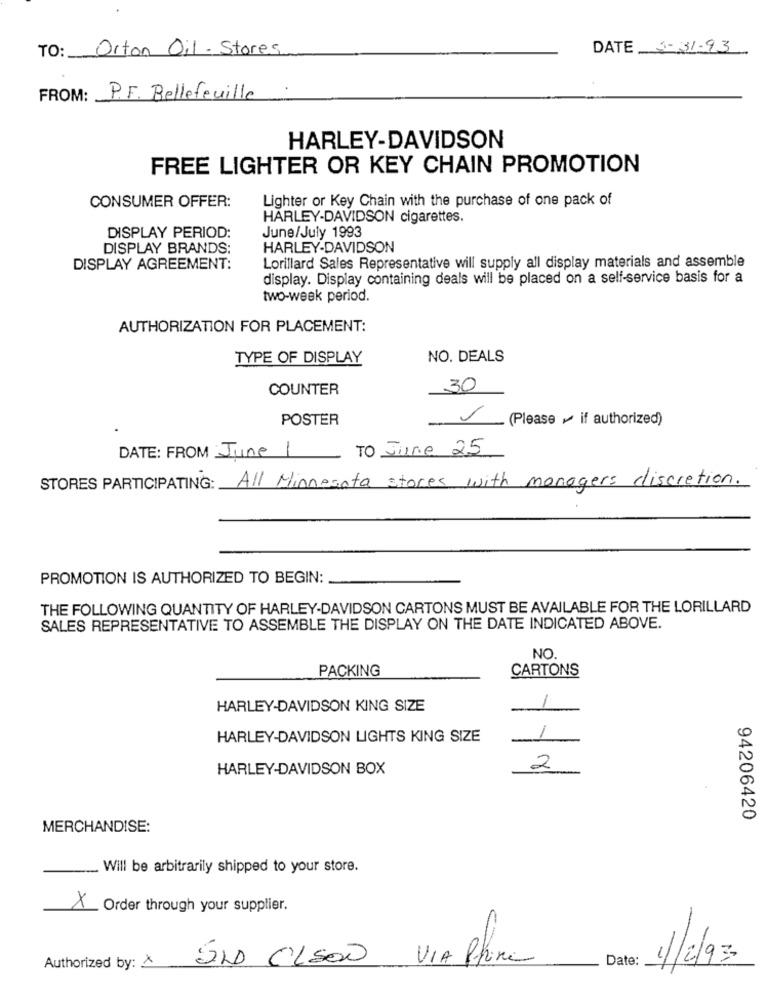
TO: Orton Oil - Stores
DATE 3-31-93
FROM: P.F. Bellefeuille
HARLEY-DAVIDSON
FREE LIGHTER OR KEY CHAIN PROMOTION
Lighter or Key Chain with the purchase of one pack of
CONSUMER OFFER:
HARLEY-DAVIDSON cigarettes.
June/July 1993
DISPLAY PERIOD:
DISPLAY BRANDS:
HARLEY-DAVIDSON
Lorillard Sales Representative will supply all display materials and assemble
DISPLAY AGREEMENT:
display. Display containing deals will be placed on a self-service basis for a
two-week period.
AUTHORIZATION FOR PLACEMENT:
TYPE OF DISPLAY
NO. DEALS
COUNTER
30
POSTER
(Please ~ if authorized)
TO June 25
DATE: FROM June 1
STORES PARTICIPATING: All Minnesota stores with managers discretion.
PROMOTION IS AUTHORIZED TO BEGIN:
THE FOLLOWING QUANTITY OF HARLEY-DAVIDSON CARTONS MUST BE AVAILABLE FOR THE LORILLARD
SALES REPRESENTATIVE TO ASSEMBLE THE DISPLAY ON THE DATE INDICATED ABOVE.
NO.
PACKING
CARTONS
HARLEY-DAVIDSON KING SIZE
1
HARLEY-DAVIDSON LIGHTS KING SIZE
1
HARLEY-DAVIDSON BOX
2
94206420
MERCHANDISE:
... Will be arbitrarily shipped to your store.
X
. Order through your supplier.
SU CLSão VIA Phine
Date:
1/2/93
Authorized by: